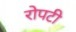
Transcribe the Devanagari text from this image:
रोपटी